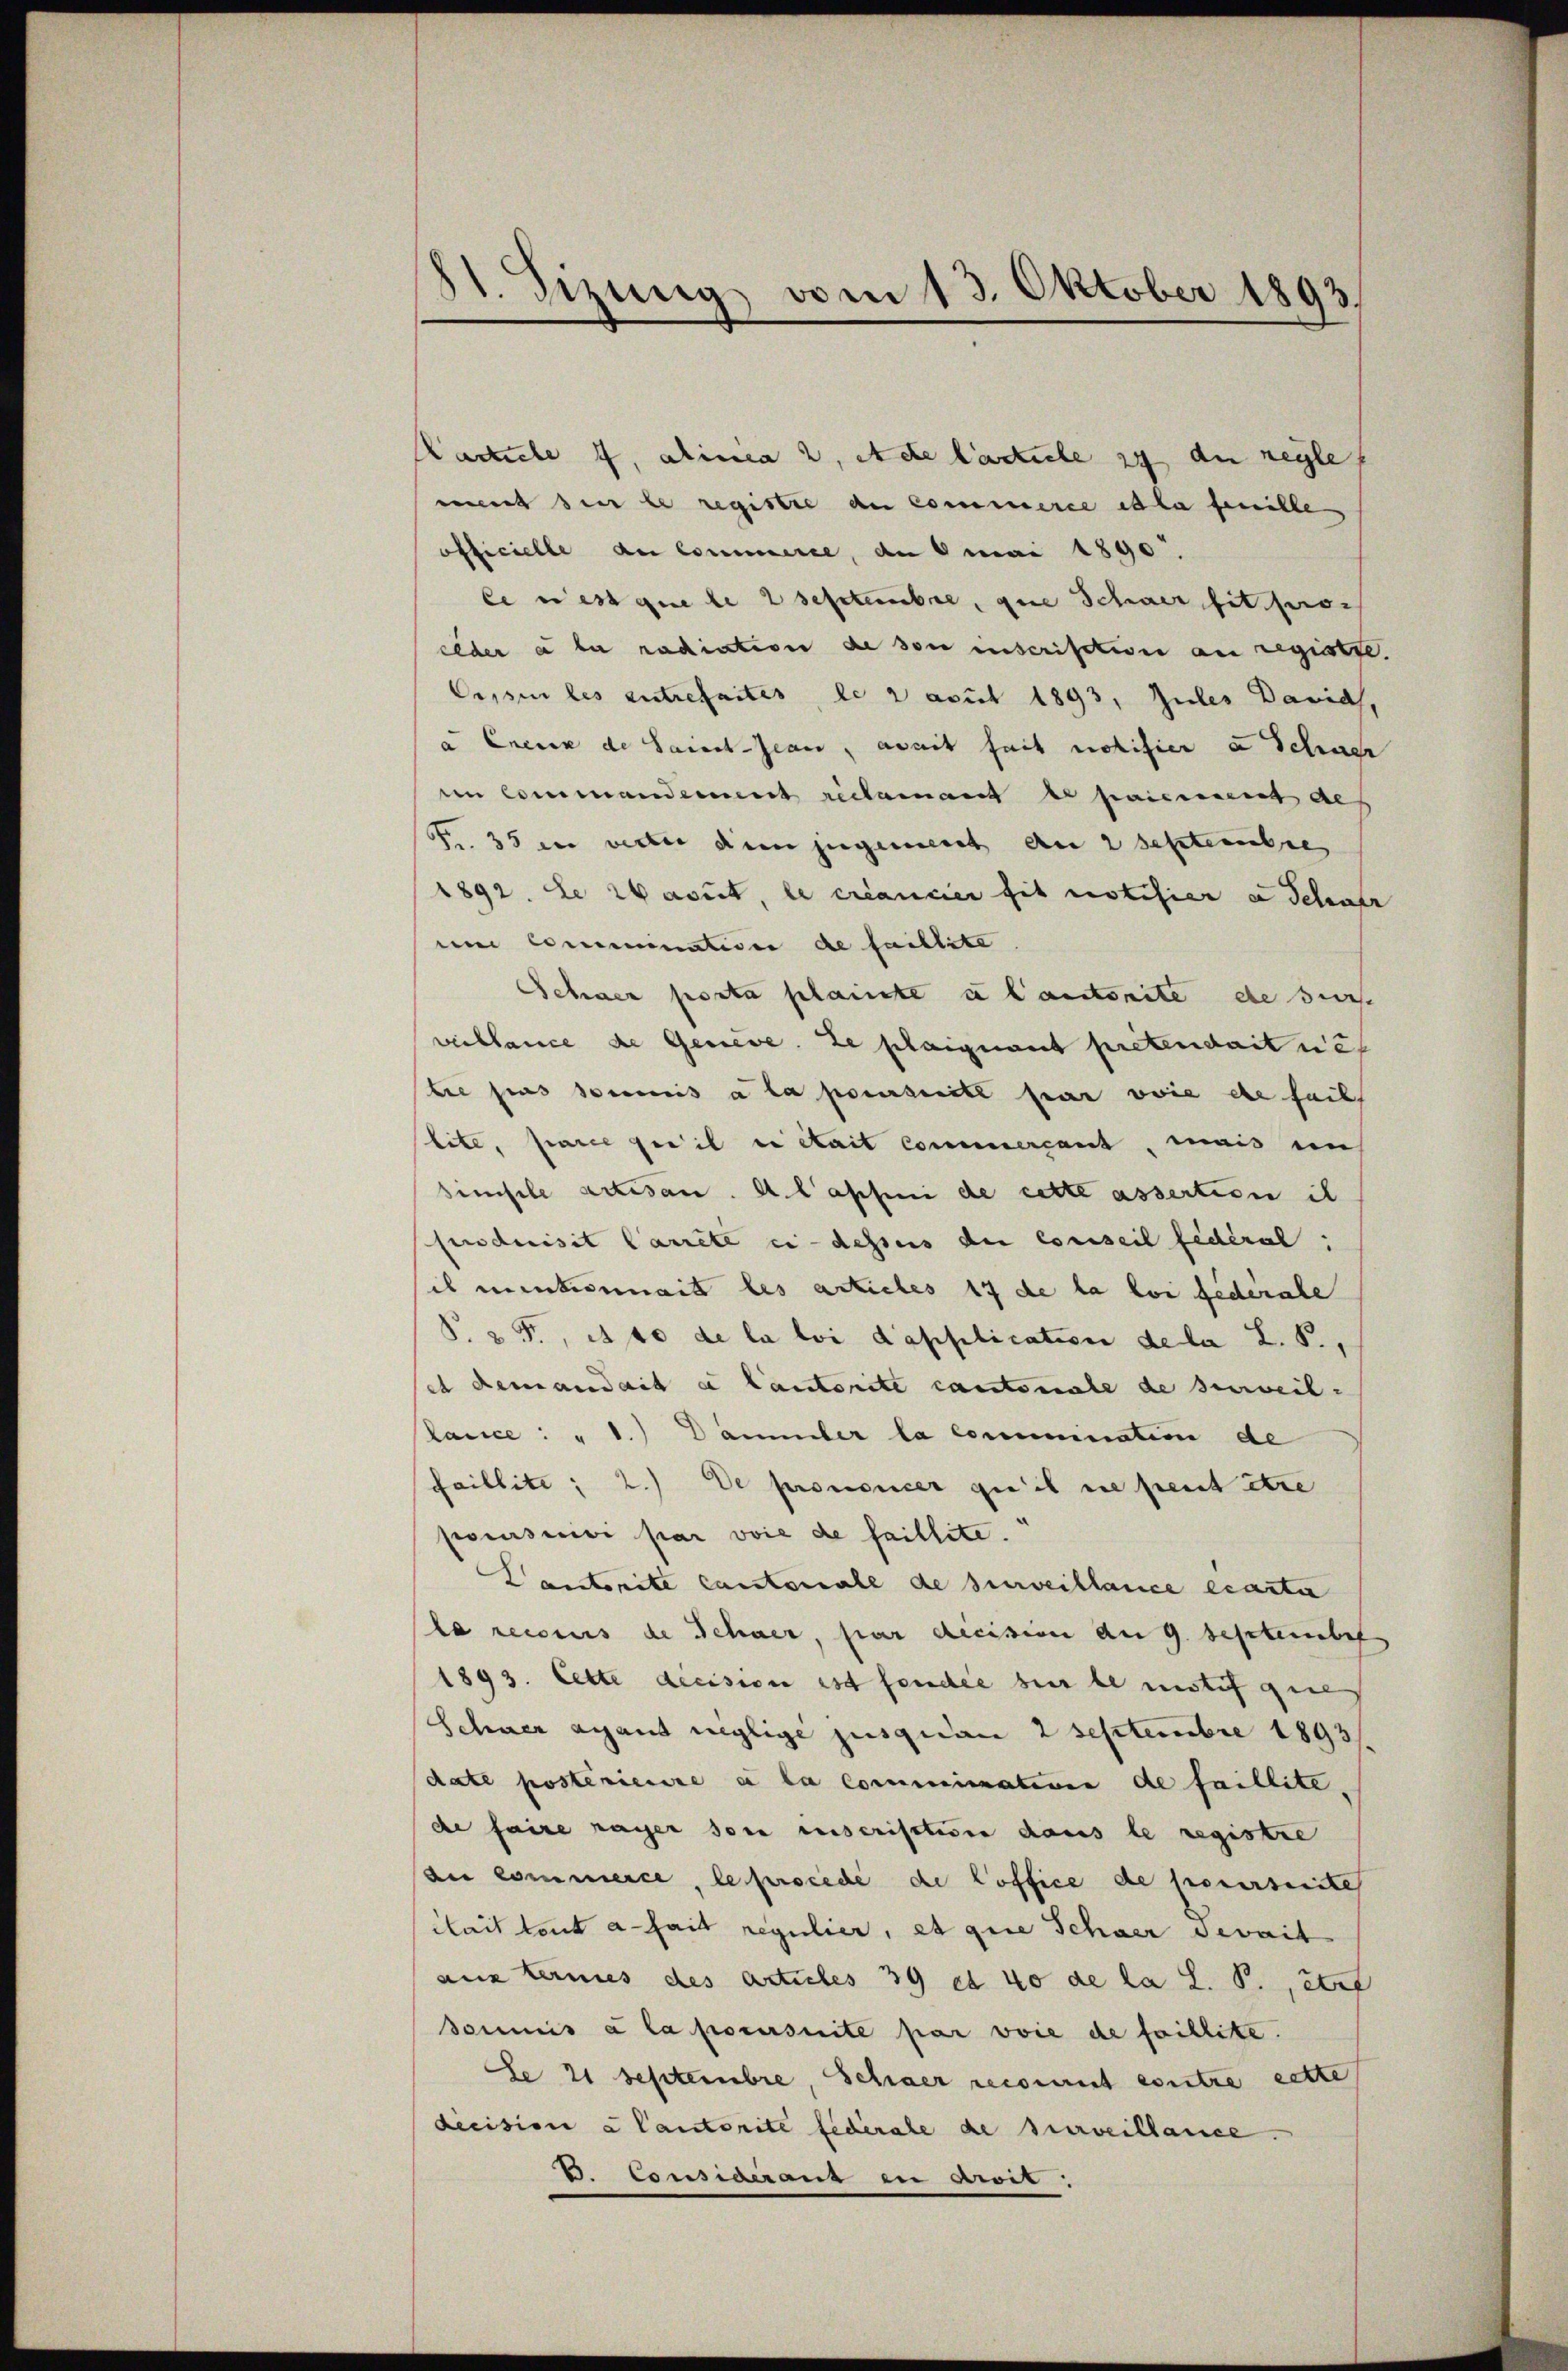
81. Sizung vom 13. Oktober 1893.

Karliche f, alinea 2, de lacuele zu du regle
mit der le register an Commerce et la feuille
officielle du Commerce, an 8 mai 1890.
le est que le 2 Septembre, que Schwer fit pro
ceder a le radiation de von inscription an registre
Cessin les entrefaites, le 2 april 1893, Zules Davids,
a Creuz de Saint-Jean, avait fait notifier u Schach
in Commanderent reclamant ex paiement des
t. 35 in weder die jugemeint an 2 Septembres
1892. Le Warut, le créancier sit notifier a Schatz
und Commination de faillite
Schner posta plainte à l’autonite de sic
vieblance de Geneve. Le plaignant pretendait ne
bie pas soumis à la poursuite sein wie de faits
lite, parce qu’il en était commersant, mais in
simische artisan. A lapfeni de cette assertion ih
fnduisit Carrite ci-dessus die conseil fédéral;
sich mentionnait les articles 17 de la loi féderale
S. 25, 24 fo de la loi d’application de la L. S.,
et demandait ce Cautorite cantonale de surveil-
Rance: " 1.) Dammler la commination de
Faillite; 2.) De prononcer qu’il ne peut être
pocusivi par voie de faillite.
Cantonite Cantonale de surveillance exacti
le recours de Schner, par decision am 9. September
1893. Cette dicision ist fonder hier le mitif que
Schner agand neglige jusquan 2 Septembre 1893/
date postérieure e la commination de faillite,
de faire rager son unserisation dans le registre
di commence, le procede de loffice de poursuite
cait tent a fait regulier, et die Schwer serait
aux termes des Articles 39 et 40 de la L. S., ert
soumis à la poursuite par voie de faillite.
Se 21 Septembre, Schner recomit eintre cette
decision a lautorite federale de surveillance.
B. Considerant in droit.